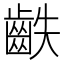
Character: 𪗫